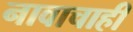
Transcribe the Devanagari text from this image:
नावाचाही